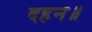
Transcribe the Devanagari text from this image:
दहन॥